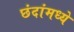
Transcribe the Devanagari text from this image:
छंदांमध्ये